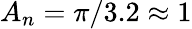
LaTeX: A_{n}=\pi/3.2\approx 1